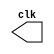
// -------------------------
// Exemplo0041  CLOCK
// Nome: Pedro Henrique A. M. carvalho
// -------------------------

// ---------------------------
// -- test clock generator (1)
// ---------------------------
module clock ( clk );
	output clk;
	reg clk;
	initial
		begin
			clk = 1'b0;
		end

	always
		begin
			#12 clk = ~clk;
		end

endmodule // clock ( )



module Exemplo0041;
	wire clk;
	clock CLK1 ( clk );
	
	initial begin
		$dumpfile ( "Exemplo041.vcd" );
		$dumpvars;
		#120 $finish;
	end
endmodule // Exemplo041 ( )